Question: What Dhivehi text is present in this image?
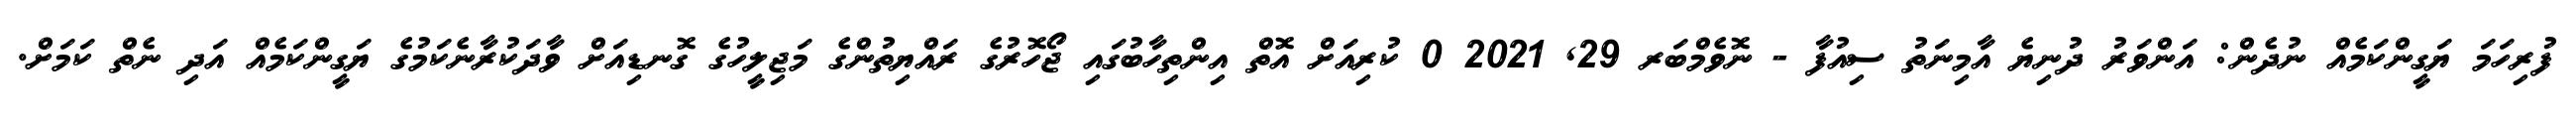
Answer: ފުރިހަމަ ޔަގީންކަމެއް ނުދެން: އަންވަރު ދުނިޔެ އާމިނަތު ސިއުފާ - ނޮވެމްބަރ 29, 2021 0 ކުރިއަށް އޮތް އިންތިހާބުގައި ޖޯހޮރުގެ ރައްޔިތުންގެ މަޖިލީހުގެ ގޮނޑިއަށް ވާދަކުރާނެކަމުގެ ޔަގީންކަމެއް އަދި ނެތް ކަމަށް.